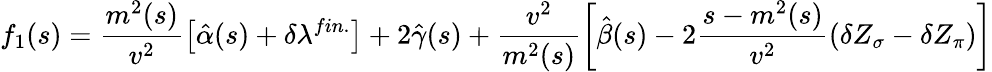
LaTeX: f_{1}(s)=\frac{m^{2}(s)}{v^{2}}\left[\hat{\alpha}(s)+\delta\lambda^{fin.}\right]+2\hat{\gamma}(s)+\frac{v^{2}}{m^{2}(s)}\left[\hat{\beta}(s)-2\frac{s-m^{2}(s)}{v^{2}}\left(\delta Z_{\sigma}-\delta Z_{\pi}\right)\right]